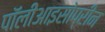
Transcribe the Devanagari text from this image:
पॉलीआइसोप्रीन